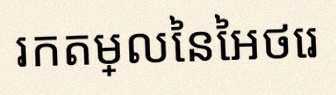
រកតម្លៃនៃអថេរ